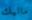
ماليك